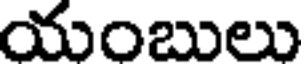
యంబులు